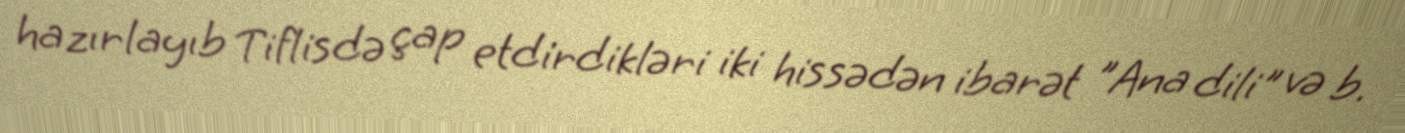
hazırlayıb Tiflisdə çap etdirdikləri iki hissədən ibarət "Ana dili" və b.